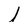
Character: l